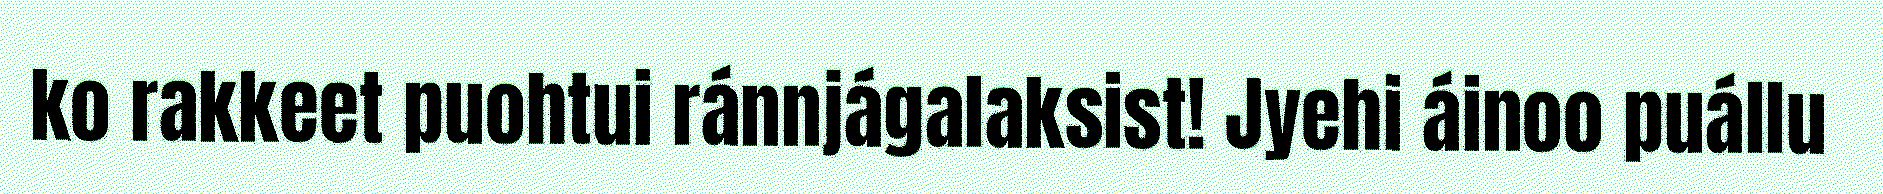
ko rakkeet puohtui ránnjágalaksist! Jyehi áinoo puállu